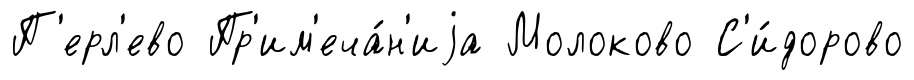
П'ерл'ево Пр'им'еча́н'иjа Молоково С'и́дорово